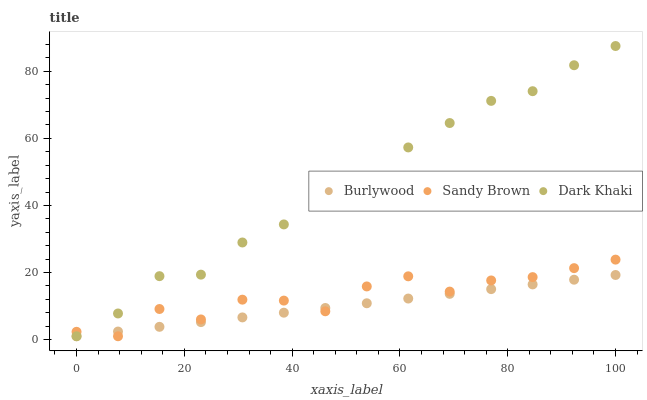
| xaxis_label | Burlywood | Sandy Brown | Dark Khaki |
 | --- | --- | --- | --- |
 | 0 | 1 | 2.33 | 1 |
 | 7.69 | 2.41 | 1 | 7.79 |
 | 15.4 | 3.81 | 9.13 | 18.9 |
 | 23.1 | 5.22 | 6.01 | 19.4 |
 | 30.8 | 6.62 | 11.9 | 29 |
 | 38.5 | 8.03 | 11.6 | 34.3 |
 | 46.2 | 9.43 | 8.45 | 42.6 |
 | 53.8 | 10.8 | 15.9 | 47.6 |
 | 61.5 | 12.2 | 18.9 | 57.3 |
 | 69.2 | 13.6 | 14.3 | 64.6 |
 | 76.9 | 15.1 | 17.6 | 71.2 |
 | 84.6 | 16.5 | 18.6 | 74.1 |
 | 92.3 | 17.9 | 21.3 | 81.8 |
 | 100 | 19.3 | 23.8 | 87.5 |